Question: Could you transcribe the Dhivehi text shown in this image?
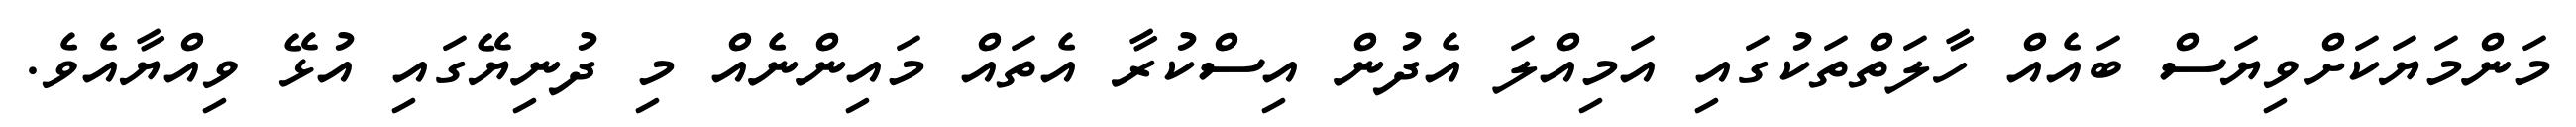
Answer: މަންމަޔަކަށްވިޔަސް ބައެއް ހާލަތްތަކުގައި އަމިއްލަ އެދުން އިސްކުރާ އެތައް މައިންނެއް މި ދުނިޔޭގައި އުޅޭ ވިއްޔާއެވެ.